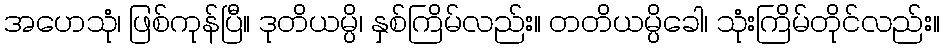
အဟေသုံ၊ ဖြစ်ကုန်ပြီ။ ဒုတိယမ္ပိ၊ နှစ်ကြိမ်လည်း။ တတိယမ္ပိခေါ၊ သုံးကြိမ်တိုင်လည်း။